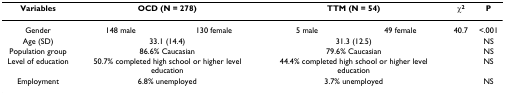
<table><thead><tr><td><b>Variables</b></td><td colspan="2"><b>OCD (N = 278)</b></td><td colspan="2"><b>TTM (N = 54)</b></td><td><b>χ<sup>2</sup></b></td><td><b>P</b></td></tr></thead><tbody><tr><td>Gender</td><td>148 male</td><td>130 female</td><td>5 male</td><td>49 female</td><td>40.7</td><td>&lt;.001</td></tr><tr><td>Age (SD)</td><td colspan="2">33.1 (14.4)</td><td colspan="2">31.3 (12.5)</td><td></td><td>NS</td></tr><tr><td>Population group</td><td colspan="2">86.6% Caucasian</td><td colspan="2">79.6% Caucasian</td><td></td><td>NS</td></tr><tr><td>Level of education</td><td colspan="2">50.7% completed high school or higher level education</td><td colspan="2">44.4% completed high school or higher level education</td><td></td><td>NS</td></tr><tr><td>Employment</td><td colspan="2">6.8% unemployed</td><td colspan="2">3.7% unemployed</td><td></td><td>NS</td></tr></tbody></table>